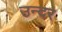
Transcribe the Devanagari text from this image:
उन्दर